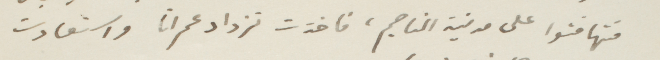
فتهاقتوا على مدنية المناجم، فاخذت تزداد عمرانًا، واستعادت